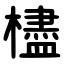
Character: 㯸